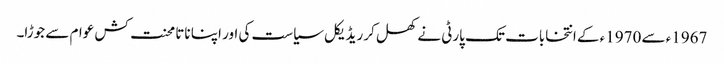
1967ء سے 1970ء کے انتخابات تک پارٹی نے کھل کر ریڈیکل سیاست کی اور اپنا ناتا محنت کش عوام سے جوڑا۔